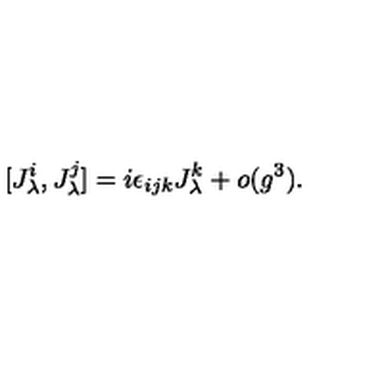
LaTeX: [ J _ { \lambda } ^ { i } , J _ { \lambda } ^ { j } ] = i \epsilon _ { i j k } J _ { \lambda } ^ { k } + o ( g ^ { 3 } ) .